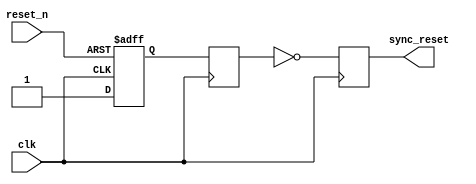
module async_reset_synchronizer (
    input wire reset_n,    // Active low asynchronous reset signal
    input wire clk,        // Clock signal
    output reg sync_reset   // Synchronized reset signal
);
    
    // Internal signals for synchronization
    reg reset_n_ff1; // First flip-flop for synchronization
    reg reset_n_ff2; // Second flip-flop for synchronization

    // Asynchronous reset signal detection
    always @(posedge clk or negedge reset_n) begin
        if (~reset_n) begin
            reset_n_ff1 <= 1'b0; // Assert if reset_n is low
        end else begin
            reset_n_ff1 <= 1'b1; // Deassert if reset_n is high
        end
    end

    // Second flip-flop for further synchronization
    always @(posedge clk) begin
        reset_n_ff2 <= reset_n_ff1; // Sync the first flip-flop output
    end

    // Generate the synchronized reset output
    always @(posedge clk) begin
        sync_reset <= ~reset_n_ff2; // Invert the synchronized signal for active low
    end

endmodule